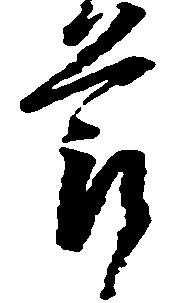
節